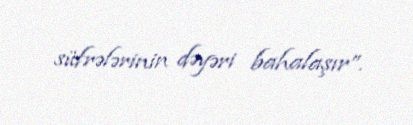
süfrələrinin dəyəri bahalaşır”.